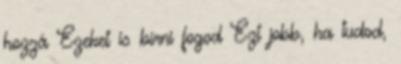
hozzá Ezeket is bírni fogod Ezt jobb, ha tudod,